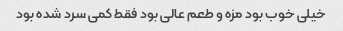
خیلی خوب بود مزه و طعم عالی بود فقط کمی سرد شده بود